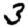
Digit: 3